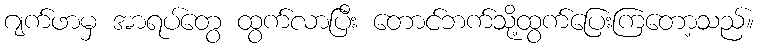
ဂျက်ဖာမှ အာရပ်တွေ ထွက်လာပြီး တောင်ဘက်သို့ထွက်ပြေးကြတော့သည်။